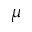
\mu